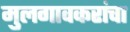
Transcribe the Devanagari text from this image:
मुलगावकरांचा